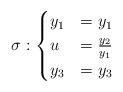
LaTeX: \begin{align*}\sigma :\begin{cases}y_1 &=y_1 \\u &=\frac{y_2}{y_1} \\y_3 &=y_3\end{cases}\end{align*}